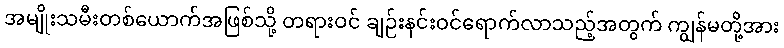
အမျိုးသမီးတစ်ယောက်အဖြစ်သို့ တရားဝင် ချဉ်းနင်းဝင်ရောက်လာသည့်အတွက် ကျွန်မတို့အား